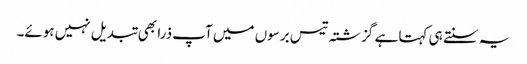
یہ سنتے ہی کہتا ہے گزشتہ تیس برسوں میں آپ ذرا بھی تبدیل نہیں ہوئے۔